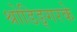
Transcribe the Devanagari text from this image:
श्रोडिङ्गरके